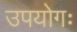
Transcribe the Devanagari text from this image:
उपयोगः